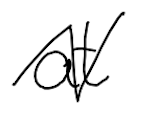
Text: at
Cross-out: zig-zag
Writing tool: digital_black